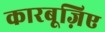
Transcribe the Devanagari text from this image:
कारबूज़िए